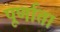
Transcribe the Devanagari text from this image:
पूर्णाता